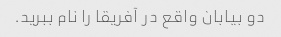
دو بیابان واقع در آفریقا را نام ببرید.